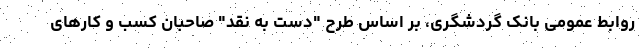
روابط عمومی بانک گردشگری، بر اساس طرح "دست به نقد" صاحبان کسب و کارهای